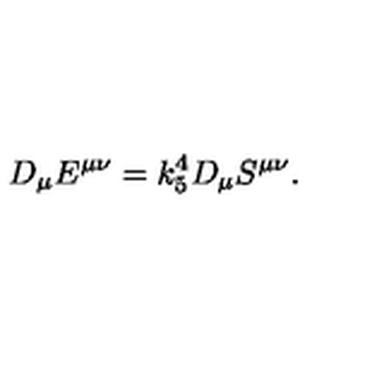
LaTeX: D _ { \mu } E ^ { \mu \nu } = k _ { 5 } ^ { 4 } D _ { \mu } S ^ { \mu \nu } .